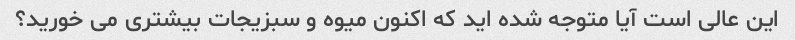
این عالی است آیا متوجه شده اید که اکنون میوه و سبزیجات بیشتری می خورید؟